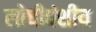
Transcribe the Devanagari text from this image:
लोधीवंशीय